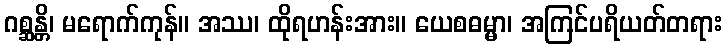
ဂစ္ဆန္တိ၊ မရောက်ကုန်။ အဿ၊ ထိုရဟန်းအား။ ယေစဓမ္မာ၊ အကြင်ပရိယတ်တရား